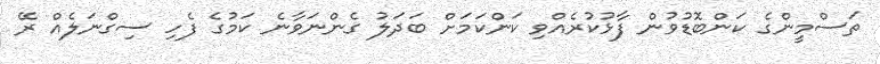
ތަސްމީންގެ ކަންބޮޑުވުން ފާޅުކުރެއްވި ކަންކަމަށް ބަދަލު ގެންނަވާނެ ކަމުގެ ފެހި ސިގްނަލެއް ރޭ